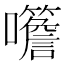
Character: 𡅨